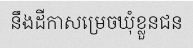
នឹងដីកាសម្រេចឃុំខ្លួនជន